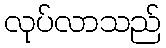
လုပ်လာသည်